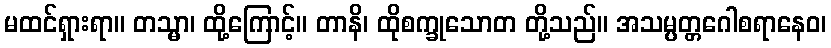
မထင်ရှားရာ။ တသ္မာ၊ ထို့ကြောင့်။ တာနိ၊ ထိုစက္ခုသောတ တို့သည်။ အသမ္ပတ္တဂေါစရာနေဝ၊